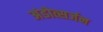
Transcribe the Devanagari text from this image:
अंडोत्सर्जन